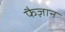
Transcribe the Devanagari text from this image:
फैज़ान